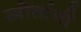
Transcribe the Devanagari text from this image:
स्त्रोतांनी